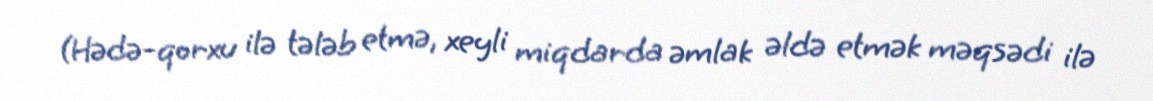
(Hədə-qorxu ilə tələb etmə, xeyli miqdarda əmlak əldə etmək məqsədi ilə